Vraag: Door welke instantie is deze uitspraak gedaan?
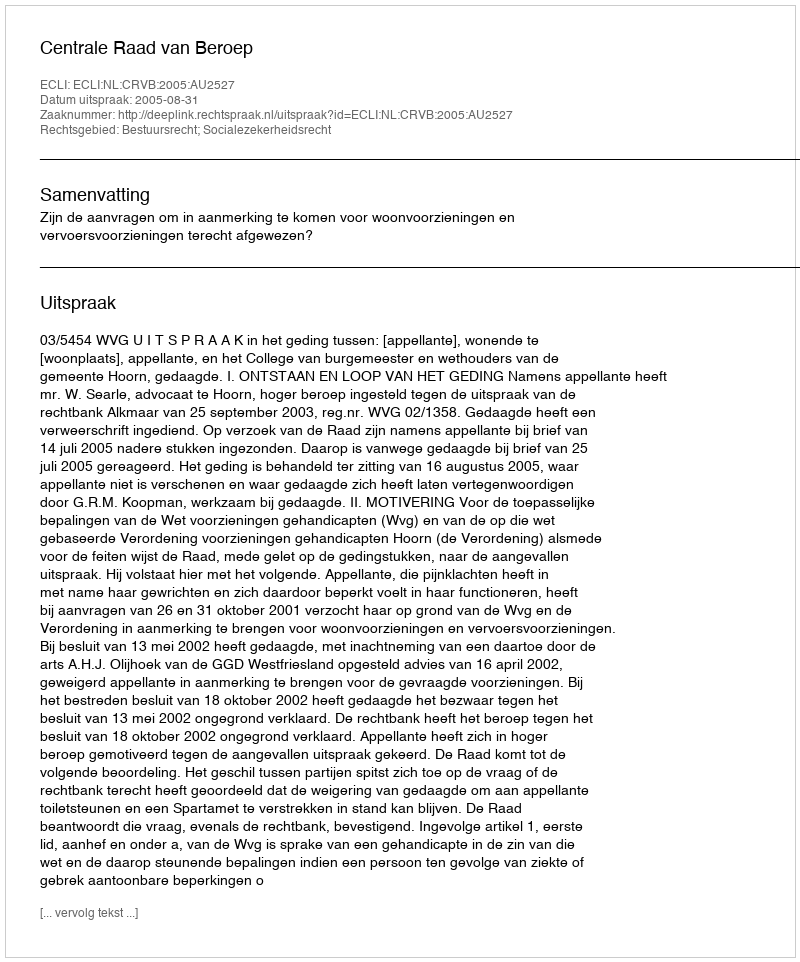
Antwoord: Centrale Raad van Beroep